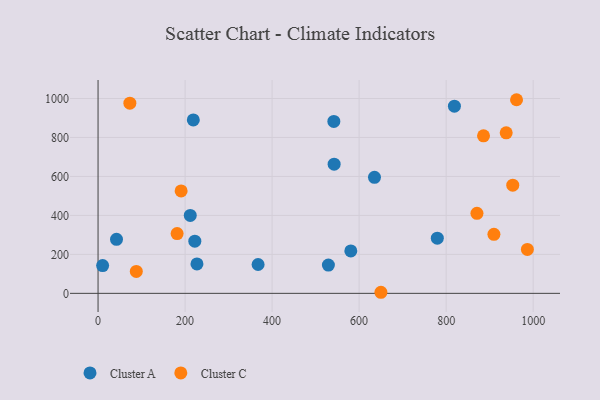
{"axis": {"x": "Investment", "y": "Rating"}, "legend": ["Cluster A", "Cluster C"], "data": [{"x": "10.5", "y": 142.7, "type": "Cluster A"}, {"x": "542.6", "y": 662.7, "type": "Cluster A"}, {"x": "222.4", "y": 267.5, "type": "Cluster A"}, {"x": "367.8", "y": 148.1, "type": "Cluster A"}, {"x": "42.4", "y": 277.2, "type": "Cluster A"}, {"x": "541.9", "y": 882.4, "type": "Cluster A"}, {"x": "211.9", "y": 400.0, "type": "Cluster A"}, {"x": "580.9", "y": 217.9, "type": "Cluster A"}, {"x": "819.0", "y": 960.5, "type": "Cluster A"}, {"x": "635.3", "y": 595.6, "type": "Cluster A"}, {"x": "779.7", "y": 283.2, "type": "Cluster A"}, {"x": "218.9", "y": 890.2, "type": "Cluster A"}, {"x": "529.4", "y": 145.2, "type": "Cluster A"}, {"x": "227.3", "y": 151.0, "type": "Cluster A"}, {"x": "73.1", "y": 975.9, "type": "Cluster C"}, {"x": "885.9", "y": 808.5, "type": "Cluster C"}, {"x": "181.7", "y": 306.8, "type": "Cluster C"}, {"x": "909.8", "y": 302.8, "type": "Cluster C"}, {"x": "938.0", "y": 823.6, "type": "Cluster C"}, {"x": "190.9", "y": 525.6, "type": "Cluster C"}, {"x": "87.9", "y": 112.3, "type": "Cluster C"}, {"x": "986.7", "y": 225.6, "type": "Cluster C"}, {"x": "961.8", "y": 993.7, "type": "Cluster C"}, {"x": "650.1", "y": 5.5, "type": "Cluster C"}, {"x": "953.1", "y": 555.3, "type": "Cluster C"}, {"x": "870.8", "y": 410.5, "type": "Cluster C"}]}